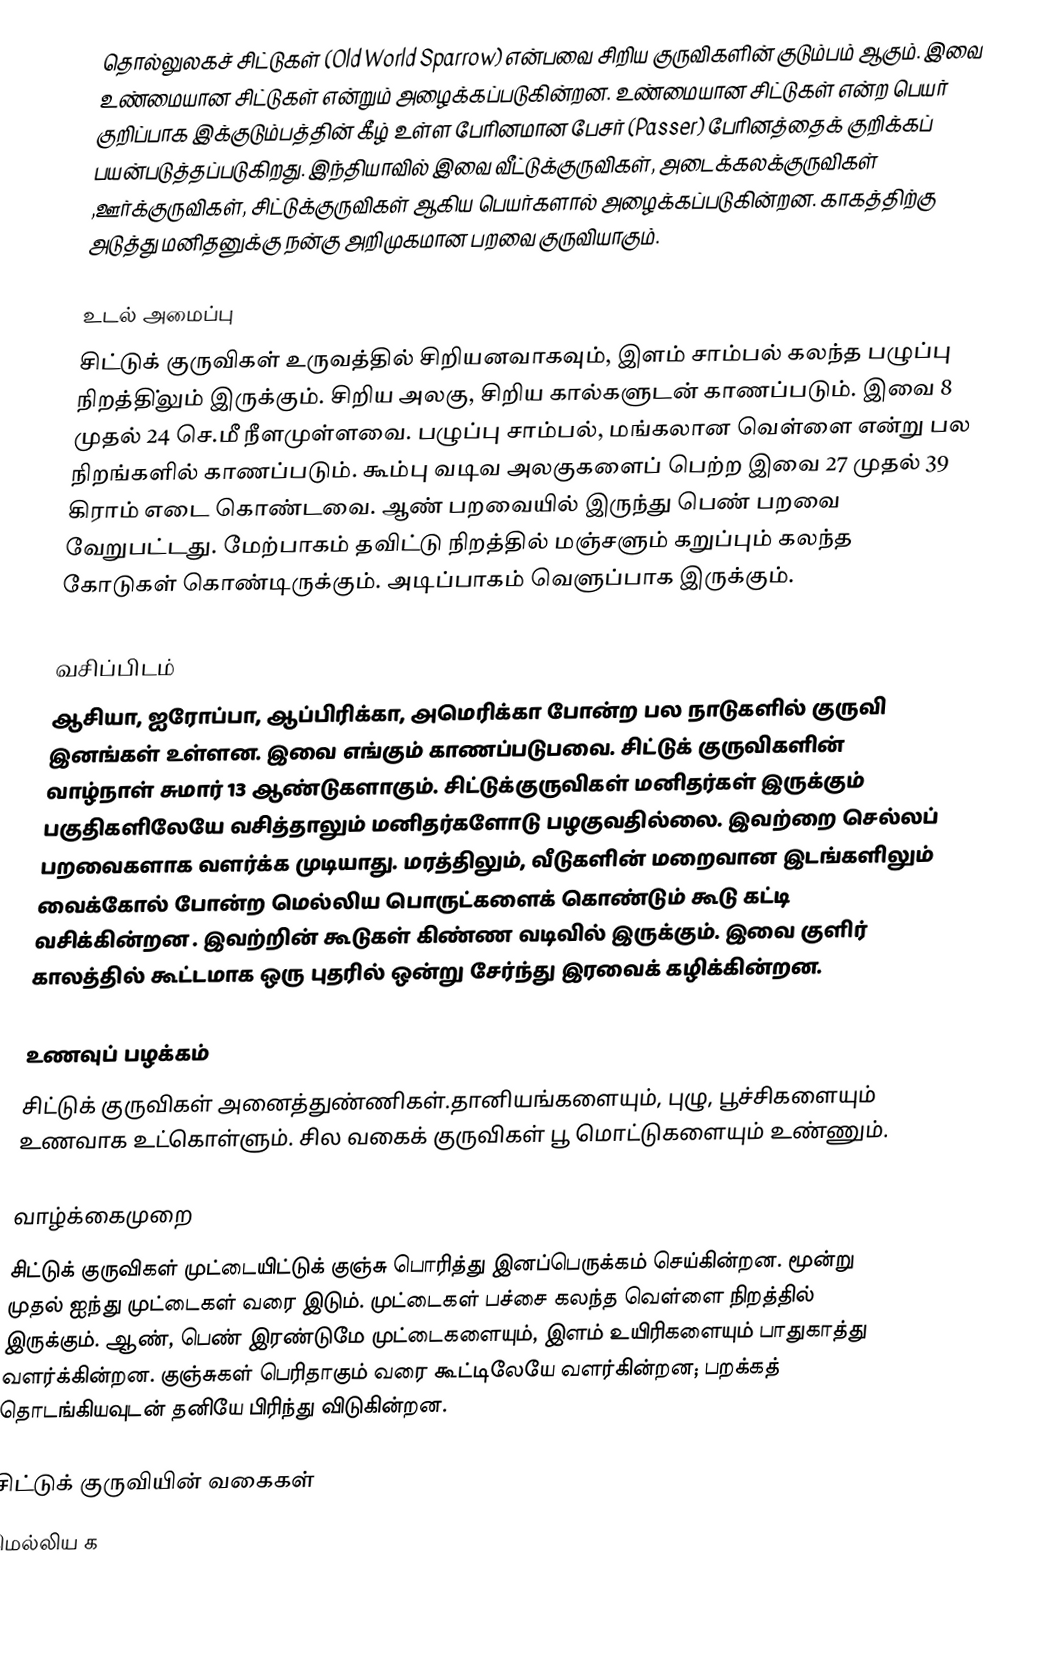
தொல்லுலகச் சிட்டுகள் (Old World Sparrow) என்பவை சிறிய குருவிகளின் குடும்பம் ஆகும். இவை உண்மையான சிட்டுகள் என்றும் அழைக்கப்படுகின்றன. உண்மையான சிட்டுகள் என்ற பெயர் குறிப்பாக இக்குடும்பத்தின் கீழ் உள்ள பேரினமான பேசர் (Passer) பேரினத்தைக் குறிக்கப் பயன்படுத்தப்படுகிறது. இந்தியாவில் இவை வீட்டுக்குருவிகள், அடைக்கலக்குருவிகள் ,ஊர்க்குருவிகள், சிட்டுக்குருவிகள் ஆகிய பெயர்களால் அழைக்கப்படுகின்றன. காகத்திற்கு அடுத்து மனிதனுக்கு நன்கு அறிமுகமான பறவை குருவியாகும்.

உடல் அமைப்பு
சிட்டுக் குருவிகள் உருவத்தில் சிறியனவாகவும், இளம் சாம்பல் கலந்த பழுப்பு நிறத்தி்லும் இருக்கும். சிறிய அலகு, சிறிய கால்களுடன் காணப்படும். இவை 8 முதல் 24 செ.மீ நீளமுள்ளவை. பழுப்பு சாம்பல், மங்கலான வெள்ளை என்று பல நிறங்களில் காணப்படும். கூம்பு வடிவ அலகுகளைப் பெற்ற இவை 27 முதல் 39 கிராம் எடை கொண்டவை. ஆண் பறவையில் இருந்து பெண் பறவை வேறுபட்டது. மேற்பாகம் தவிட்டு நிறத்தில் மஞ்சளும் கறுப்பும் கலந்த கோடுகள் கொண்டிருக்கும். அடிப்பாகம் வெளுப்பாக இருக்கும்.

வசிப்பிடம்
ஆசியா, ஐரோப்பா, ஆப்பிரிக்கா, அமெரிக்கா போன்ற பல நாடுகளில் குருவி இனங்கள் உள்ளன. இவை எங்கும் காணப்படுபவை. சிட்டுக் குருவிகளின் வாழ்நாள் சுமார் 13 ஆண்டுகளாகும். சிட்டுக்குருவிகள் மனிதர்கள் இருக்கும் பகுதிகளிலேயே வசித்தாலும் மனிதர்களோடு பழகுவதில்லை. இவற்றை செல்லப் பறவைகளாக வளர்க்க முடியாது. மரத்திலும், வீடுகளின் மறைவான இடங்களிலும் வைக்கோல் போன்ற மெல்லிய பொருட்களைக் கொண்டும் கூடு கட்டி வசிக்கின்றன . இவற்றின் கூடுகள் கிண்ண வடிவில் இருக்கும். இவை குளிர் காலத்தில் கூட்டமாக ஒரு புதரில் ஒன்று சேர்ந்து இரவைக் கழிக்கின்றன.

உணவுப் பழக்கம்
சிட்டுக் குருவிகள் அனைத்துண்ணிகள்.தானியங்களையும், புழு, பூச்சிகளையும் உணவாக உட்கொள்ளும். சில வகைக் குருவிகள் பூ மொட்டுகளையும் உண்ணும்.

வாழ்க்கைமுறை
சிட்டுக் குருவிகள் முட்டையிட்டுக் குஞ்சு பொரித்து இனப்பெருக்கம் செய்கின்றன. மூன்று முதல் ஐந்து முட்டைகள் வரை இடும். முட்டைகள் பச்சை கலந்த வெள்ளை நிறத்தில் இருக்கும். ஆண், பெண் இரண்டுமே முட்டைகளையும், இளம் உயிரிகளையும் பாதுகாத்து வளர்க்கின்றன. குஞ்சுகள் பெரிதாகும் வரை கூட்டிலேயே வளர்கின்றன; பறக்கத் தொடங்கியவுடன் தனியே பிரிந்து விடுகின்றன.

சிட்டுக் குருவியின் வகைகள்
 மெல்லிய க